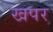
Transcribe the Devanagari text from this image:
खपर